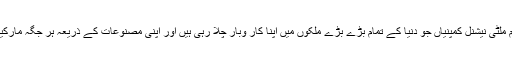
دراصل یوروپ اور امریکہ کی تمام ملٹی نیشنل کمپنیاں جو دنیا کے تمام بڑے بڑے ملکوں میں اپنا کار وبار چلا رہی ہیں اور اپنی مصنوعات کے ذریعہ ہر جگہ مارکیٹ پر چھائی ہوئی دکھائی دیتی ہیں۔